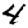
Digit: 4